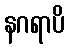
နဂရာပိ